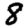
Digit: 8